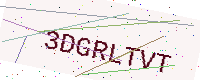
Text: 3DGRLTVT